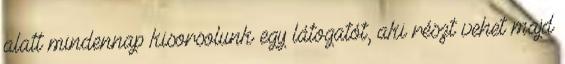
alatt mindennap kisorsolunk egy látogatót, aki részt vehet majd